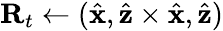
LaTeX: \mathbf R_{t}\gets(\hat{\mathbf x},\hat{\mathbf z}\times\hat{\mathbf x},\hat{\mathbf z})